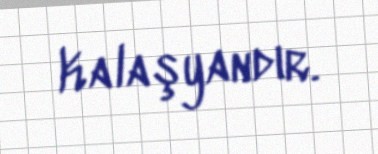
Kalaşyandır.